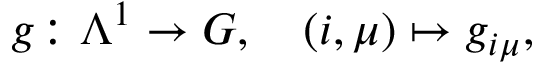
g \colon \Lambda ^ { 1 } \to G , \quad ( i , \mu ) \mapsto g _ { i \mu } ,